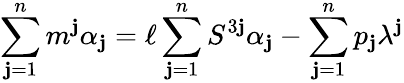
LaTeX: \sum_{\mathbf{j}=1}^{n}m^{\mathbf{j}}\alpha_{\mathbf{j}}=\ell\sum_{\mathbf{j}=1}^{n}S^{3\mathbf{j}}\alpha_{\mathbf{j}}-\sum_{\mathbf{j}=1}^{n}p_{\mathbf{j}}\lambda^{\mathbf{j}}